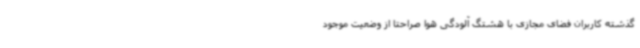
گذشته کاربران فضای مجازی با هشتگ آلودگی هوا صراحتا از وضعیت موجود